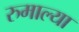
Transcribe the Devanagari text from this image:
रुमाल्या